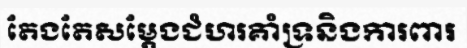
តែងតែសម្តែងជំហរគាំទ្រនិងការពារ